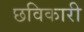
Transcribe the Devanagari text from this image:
छविकारी